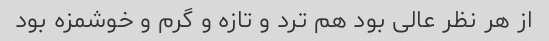
از هر نظر عالی بود هم ترد و تازه و گرم و خوشمزه بود